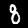
Label: 8